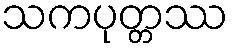
သကပုတ္တဿ